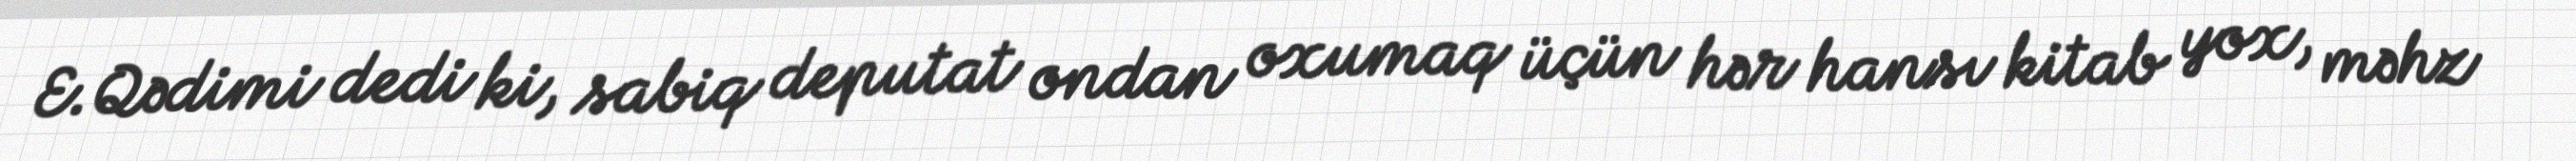
E.Qədimi dedi ki, sabiq deputat ondan oxumaq üçün hər hansı kitab yox, məhz